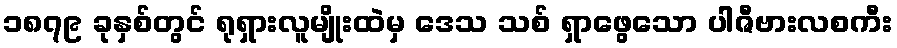
၁၈၇၉ ခုနှစ်တွင် ရုရှားလူမျိုးထဲမှ ဒေသ သစ် ရှာဖွေသော ပါဇီဗားလစကီး